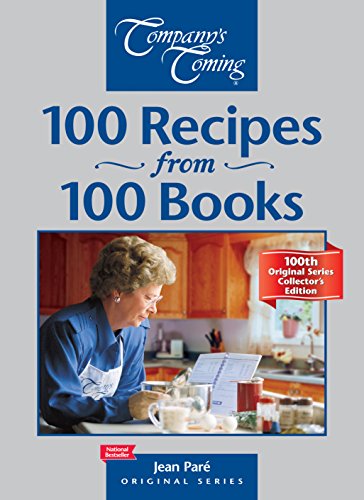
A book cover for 100 Recipes from 100 Books: Special Collector's Edition (Original); Jean ParÃ©; Cookbooks, Food & Wine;